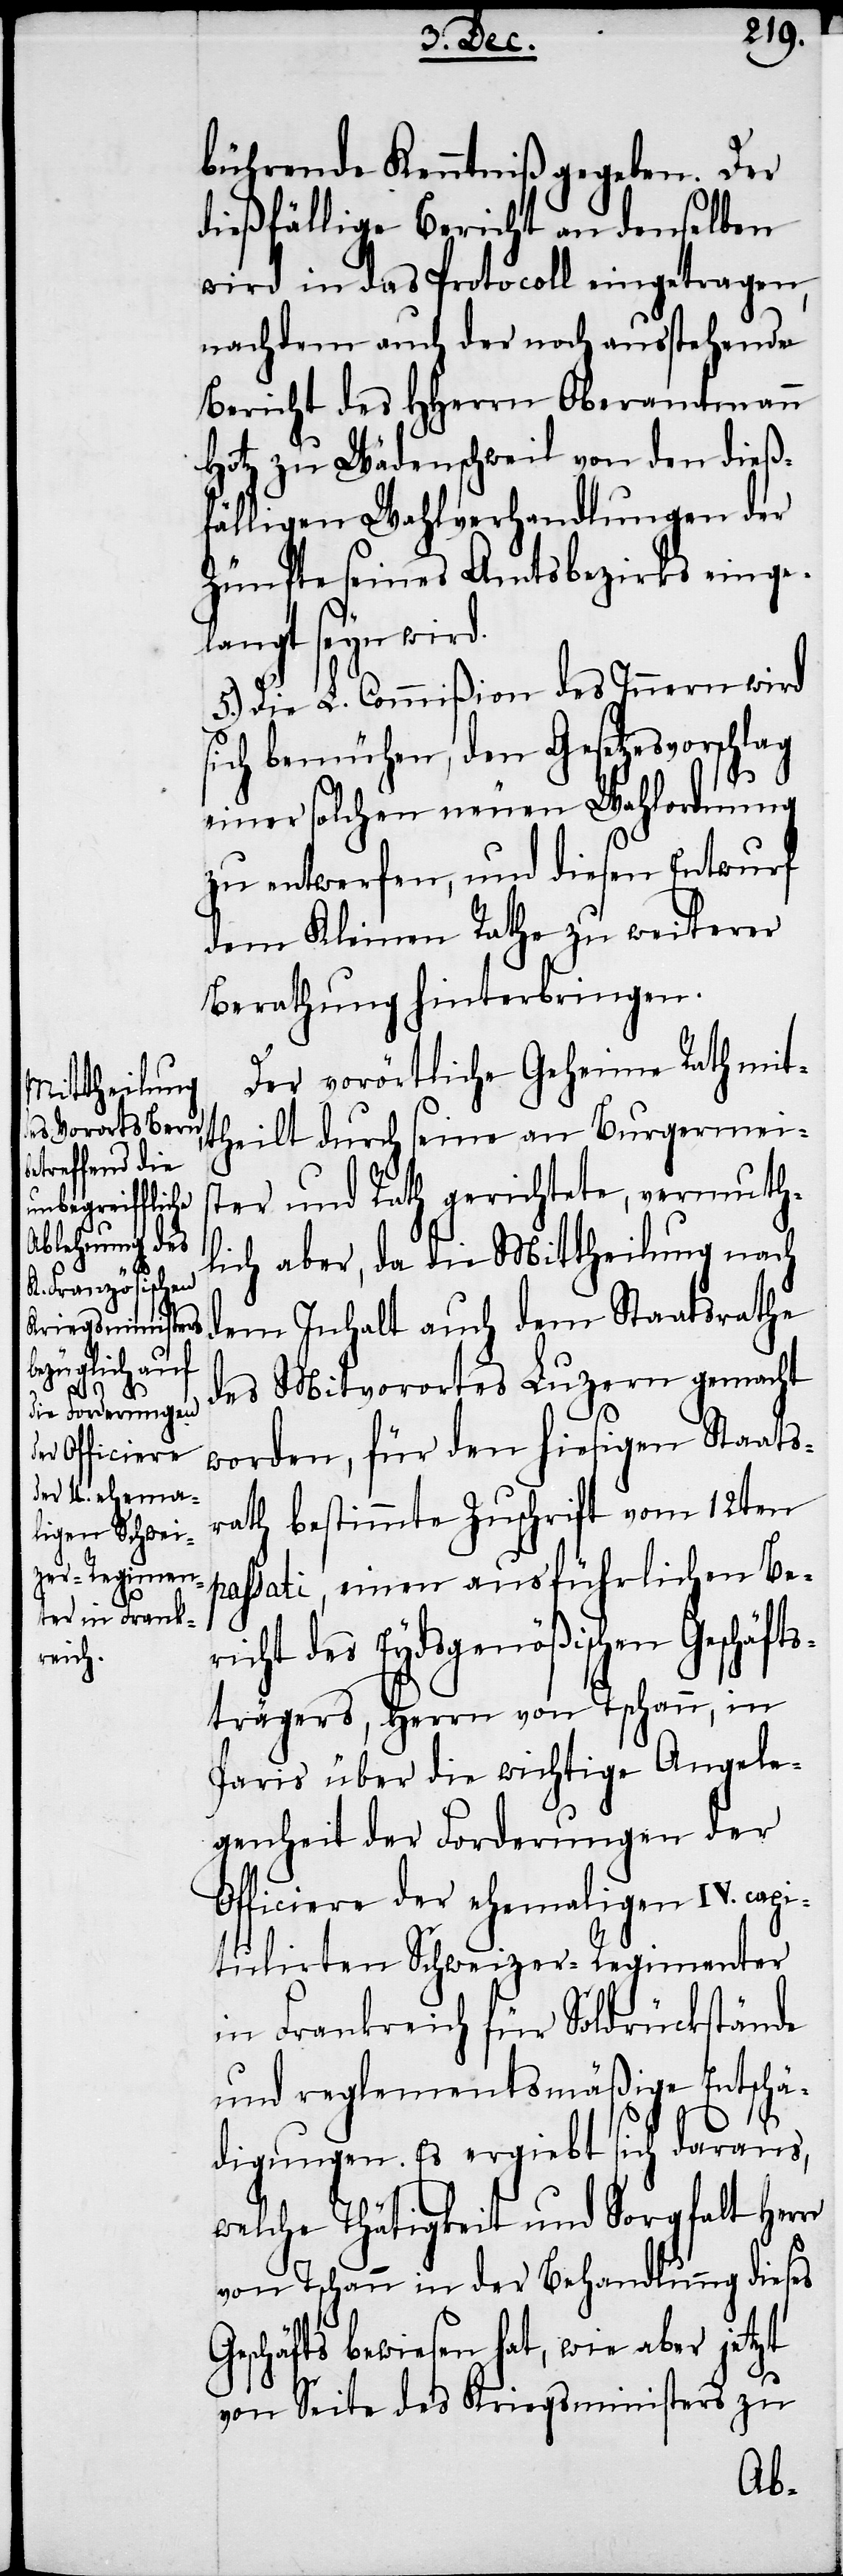
bührende Kenntniß gegeben. Der
dießfällige Bericht an denselben
wird in das Protocoll eingetragen,
nachdem auch der noch ausstehende
Bericht des HHerrn Oberamtmann
Hotz zu Wädenschweil von den dieß¬
fälligen Wahlverhandlungen der
Zünfte seines Amtsbezirks einge¬
langt seyn wird.
5.) Die L. Commißion des Innern wird
ich bemühen, den Gesetzesvorschlag
einer solchen neuen Wahlordnung
zu entwerfen, und diesen Entwurf
dem Kleinen Rathe zu weiterer
Berathung hinterbringen.
Der vorörtliche Geheime Rath mit¬
theilt durch seine an Burgermeis¬
ter und Rath gerichtete, vermuth¬
lich aber, da die Mittheilung nach
dem Inhalt auch dem Staatsrathe
des Mitvorortes Luzern gemacht
worden, für den hiesigen Staats¬
rath bestimmte Zuschrift vom 12ten
passati, einen ausführlichen Be¬
richt des Eydsgenößischen Geschäft¬
strägers, Herrn von Tschann, in
Paris über die wichtige Angele¬
genheit der Forderungen der
ficiere der ehemaligen IV. ca¬
pitulirten Schweizer-Regimenter
in Frankreich für Soldrückstände
und reglementsmäßige Entschä¬
digungen. Es ergiebt sich daraus,
welche Thätigkeit und Sorgfalt Herr
von Tschann in der Behandlung dieses
Geschäfts bewiesen hat, wie aber jetzt
zu
von Seite des Kriegsministers
Of¬